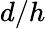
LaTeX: d/h